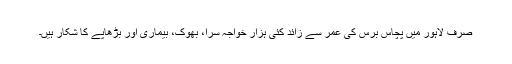
صرف لاہور میں پچاس برس کی عمر سے زائد کئی ہزار خواجہ سرا، بھوک، بیماری اور بڑھاپے کا شکار ہیں۔